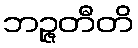
ဘဉ္ဇတီတိ